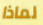
لماذا